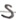
Text: S